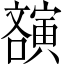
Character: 𡫫